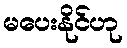
မပေးနိုင်ဟု